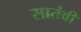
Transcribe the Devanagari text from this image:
सातंवी